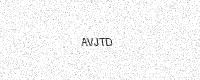
Text: AVJTD